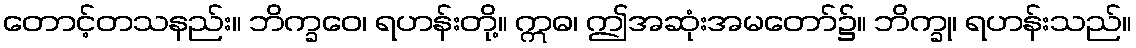
တောင့်တသနည်း။ ဘိက္ခဝေ၊ ရဟန်းတို့။ ဣဓ၊ ဤအဆုံးအမတော်၌။ ဘိက္ခု၊ ရဟန်းသည်။